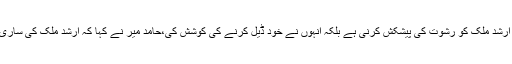
حامد میر نے کہا شریف خاندان میں سے کسی نے کیا ارشد ملک کو رشوت کی پیشکش کرنی ہے بلکہ انہوں نے خود ڈیل کرنے کی کوشش کی،حامد میر نے کہا کہ ارشد ملک کی ساری گفتگو ریکارڈڈ ہے اور اس کی ویڈیو بھی موجود ہے۔